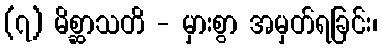
(၇) မိစ္ဆာသတိ - မှားစွာ အမှတ်ရခြင်း၊